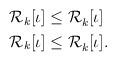
LaTeX: \begin{align*}\begin{aligned}\mathcal{R}_k[\iota] &\leq \mathcal{R}_k^{}[\iota]\\\mathcal{R}_k[\iota] &\leq \mathcal{R}_k^{}[\iota].\end{aligned}\end{align*}